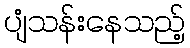
ပျံသန်းနေသည့်